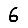
Digit: 6